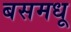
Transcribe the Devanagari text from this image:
बसमधू